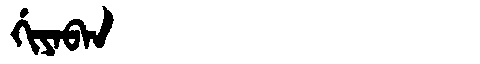
Manchu: ᡤᡳᠶᠠᠪᠠᠨ
Romanization: GIYABAN